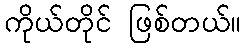
ကိုယ်တိုင် ဖြစ်တယ်။